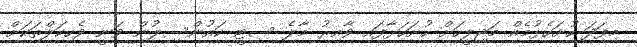
މިފަދަ ހުށަހެޅުމެއް މަޖިލީހަށް ހުށަހަޅާފައި ވާއިރު މާލެ ސިޓީ ކައުންސިލުން ވަނީ ވެހިކަލްތަކަށް